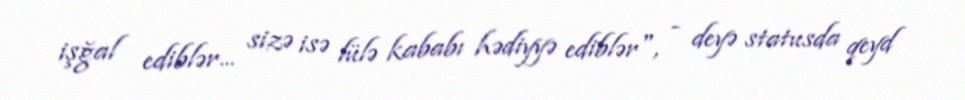
işğal ediblər... sizə isə lülə kababı hədiyyə ediblər", - deyə statusda qeyd